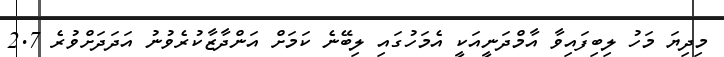
މިދިޔަ މަހު ލިބިފައިވާ އާމްދަނީއަކީ އެމަހުގައި ލިބޭނެ ކަމަށް އަންދާޒާކުރެވުނު އަދަދަށްވުރެ 2.7